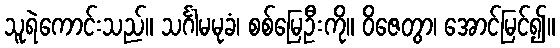
သူရဲကောင်းသည်။ သင်္ဂါမမုခံ၊ စစ်မြေဦးကို။ ဝိဇေတွာ၊ အောင်မြင်၍။